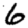
Digit: 6